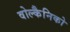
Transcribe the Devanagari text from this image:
वोल्कैनिको